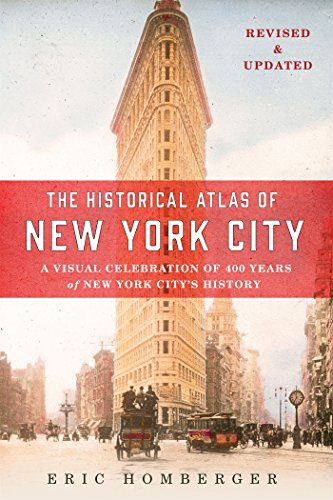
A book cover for The Historical Atlas of New York City, Third Edition: A Visual Celebration of 400 Years of New York City's History; Eric Homberger; History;